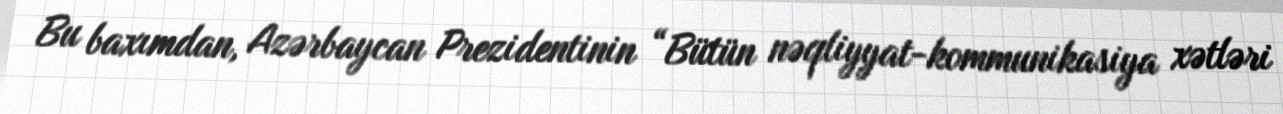
Bu baxımdan, Azərbaycan Prezidentinin “Bütün nəqliyyat-kommunikasiya xətləri